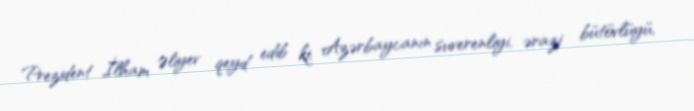
Prezident İlham Əliyev qeyd edib ki, Azərbaycanın suverenliyi, ərazi bütövlüyü,